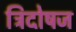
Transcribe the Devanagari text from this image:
त्रिदोषज